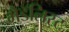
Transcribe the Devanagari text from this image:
मेडॅलिस्ट